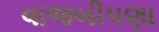
વાજબીપણા